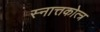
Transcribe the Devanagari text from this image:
स्नात्तकोत्त्र